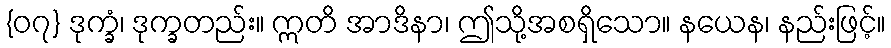
{၀၇} ဒုက္ခံ၊ ဒုက္ခတည်း။ ဣတိ အာဒိနာ၊ ဤသို့အစရှိသော။ နယေန၊ နည်းဖြင့်။